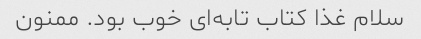
سلام غذا کتاب تابه‌ای خوب بود. ممنون